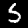
Digit: 5